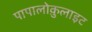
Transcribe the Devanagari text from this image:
पापालोक़ुलाइट